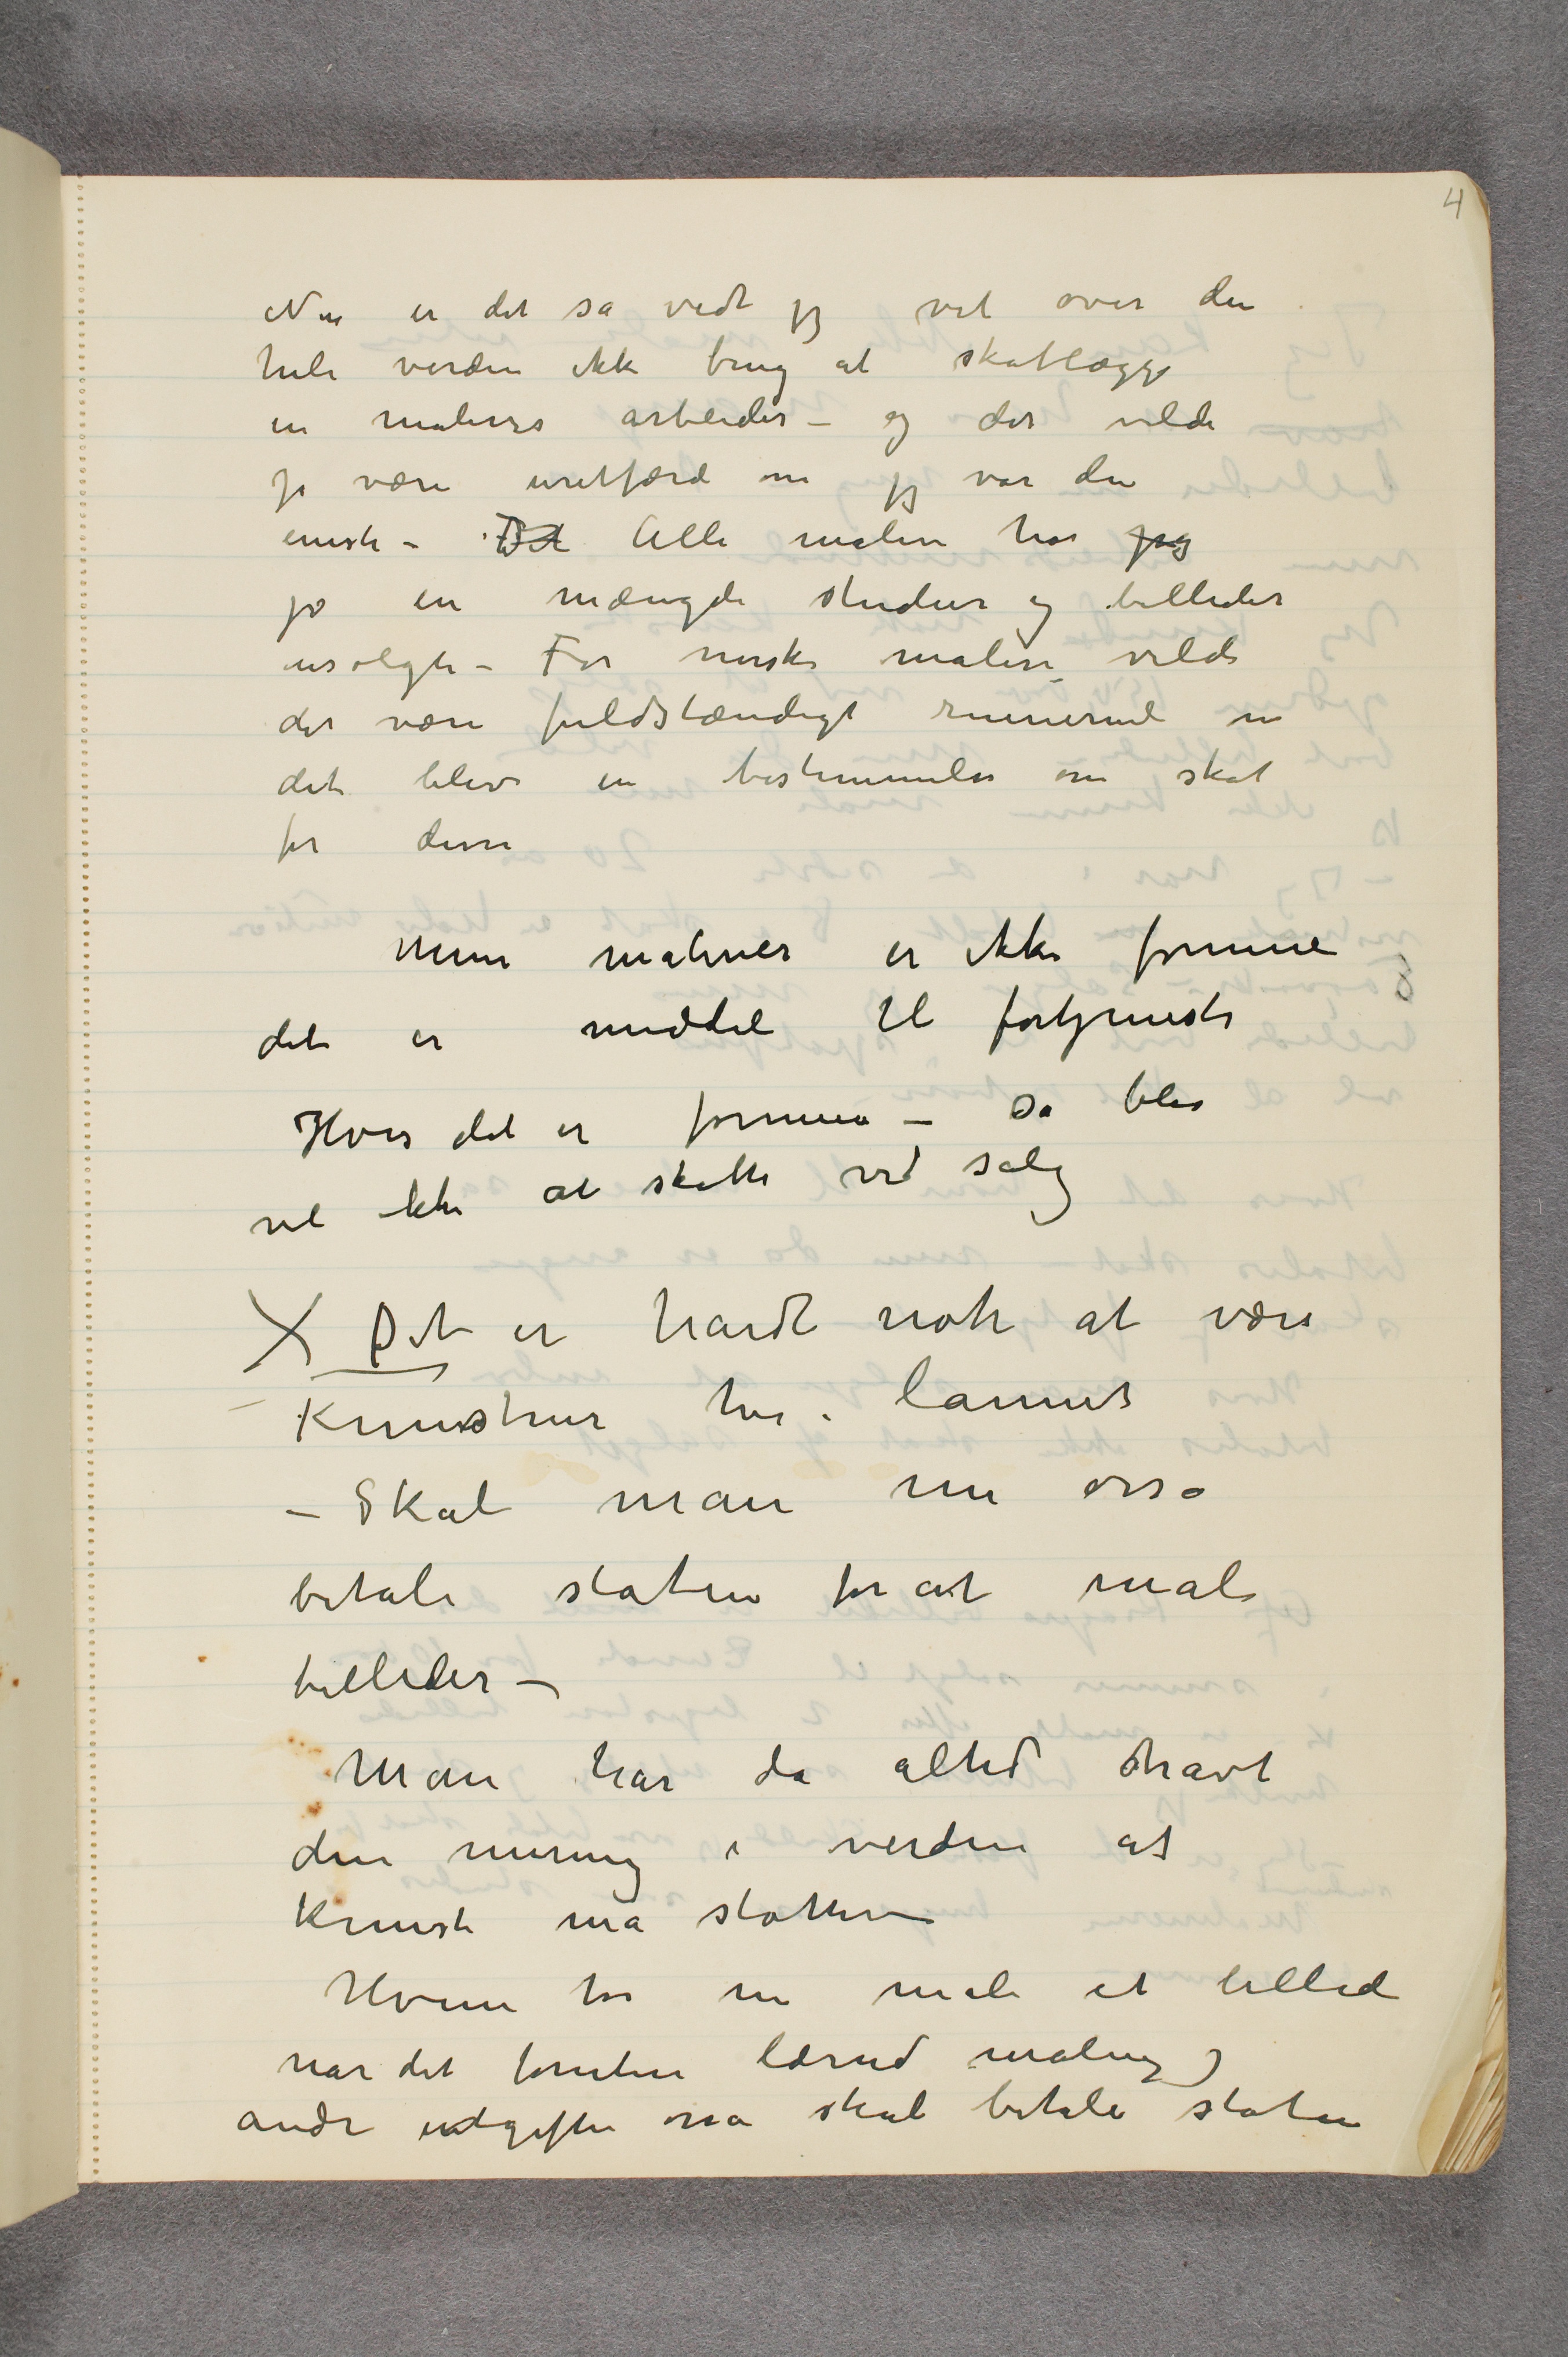
Nu er det så vidt jeg vet over den
hele verden ikke brug at skatlægge
en malers arbeider – og det vilde
jo være uretfærdi om jeg var den
eneste – Det Alle malere har jeg
jo en mængde studier og billeder
usolgte – For norske malere vilde
det være fuldstændigt ruinerende om
det blev en bestemmelse om skat
for disse
Mine malerier er ikke formue
det er middel til fortjeneste
Hvis det er formue – så blir
vel ikke at skatte ved salg
X Det er hardt nok at være
Kunstner her i lannet
– Skal man nu osså
betale staten for at male
billeder –
Man har da altid havt
den mening i verden at
kunst må støttes
Hvem kan nu male et billede
når det foruten lærred maling og
andre udgifter osså skal betale staten